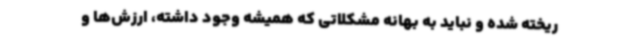
ریخته شده و نباید به بهانه مشکلاتی که همیشه وجود داشته، ارزش‌ها و